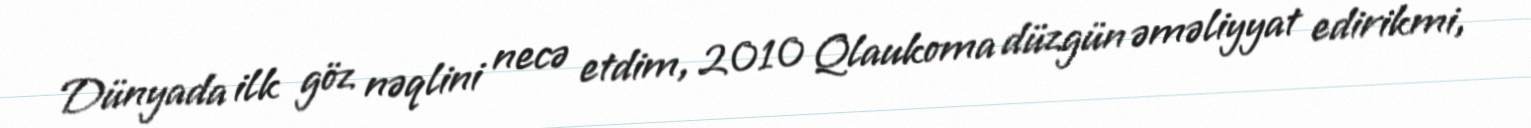
Dünyada ilk göz nəqlini necə etdim, 2010 Qlaukoma düzgün əməliyyat edirikmi,